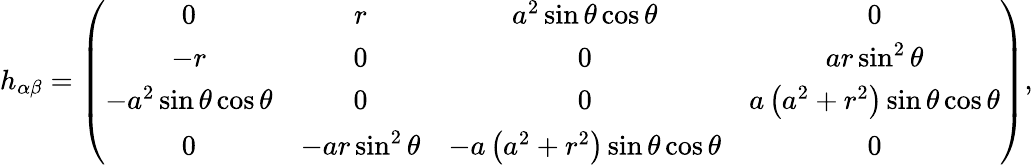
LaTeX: h_{\alpha\beta}=\left(\begin{array}{cccc}{0}&{r}&{a^{2}\sin\theta\cos\theta}&{0}\\ {-r}&{0}&{0}&{ar\sin^{2}\theta}\\ {-a^{2}\sin\theta\cos\theta}&{0}&{0}&{a\left(a^{2}+r^{2}\right)\sin\theta\cos\theta}\\ {0}&{-ar\sin^{2}\theta}&{-a\left(a^{2}+r^{2}\right)\sin\theta\cos\theta}&{0}\end{array}\right),